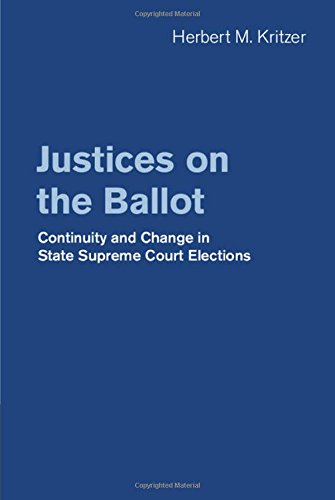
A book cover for Justices on the Ballot: Continuity and Change in State Supreme Court Elections; Herbert M. Kritzer; Law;